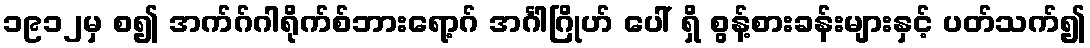
၁၉၁၂မှ စ၍ အက်ဂ်ဂါရိုက်စ်ဘားရော့ဂ် အင်္ဂါဂြိုဟ် ပေါ် ရှိ စွန့်စားခန်းများနှင့် ပတ်သက်၍